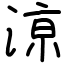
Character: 鿌